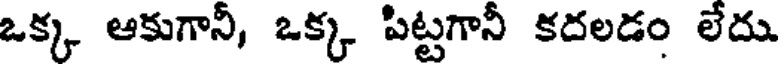
ఒక్క ఆకుగానీ, ఒక్క పిట్టగానీ కదలడం లేదు.